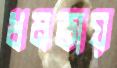
ধমকায়